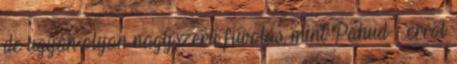
de ugyan olyan nagyszerű fuvolás, mint Pahud - erről